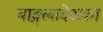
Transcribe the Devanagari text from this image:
बाङ्गलादेशका